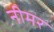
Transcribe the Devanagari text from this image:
नीमर